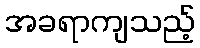
အခရာကျသည့်